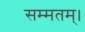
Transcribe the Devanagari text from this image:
सम्मतम्।